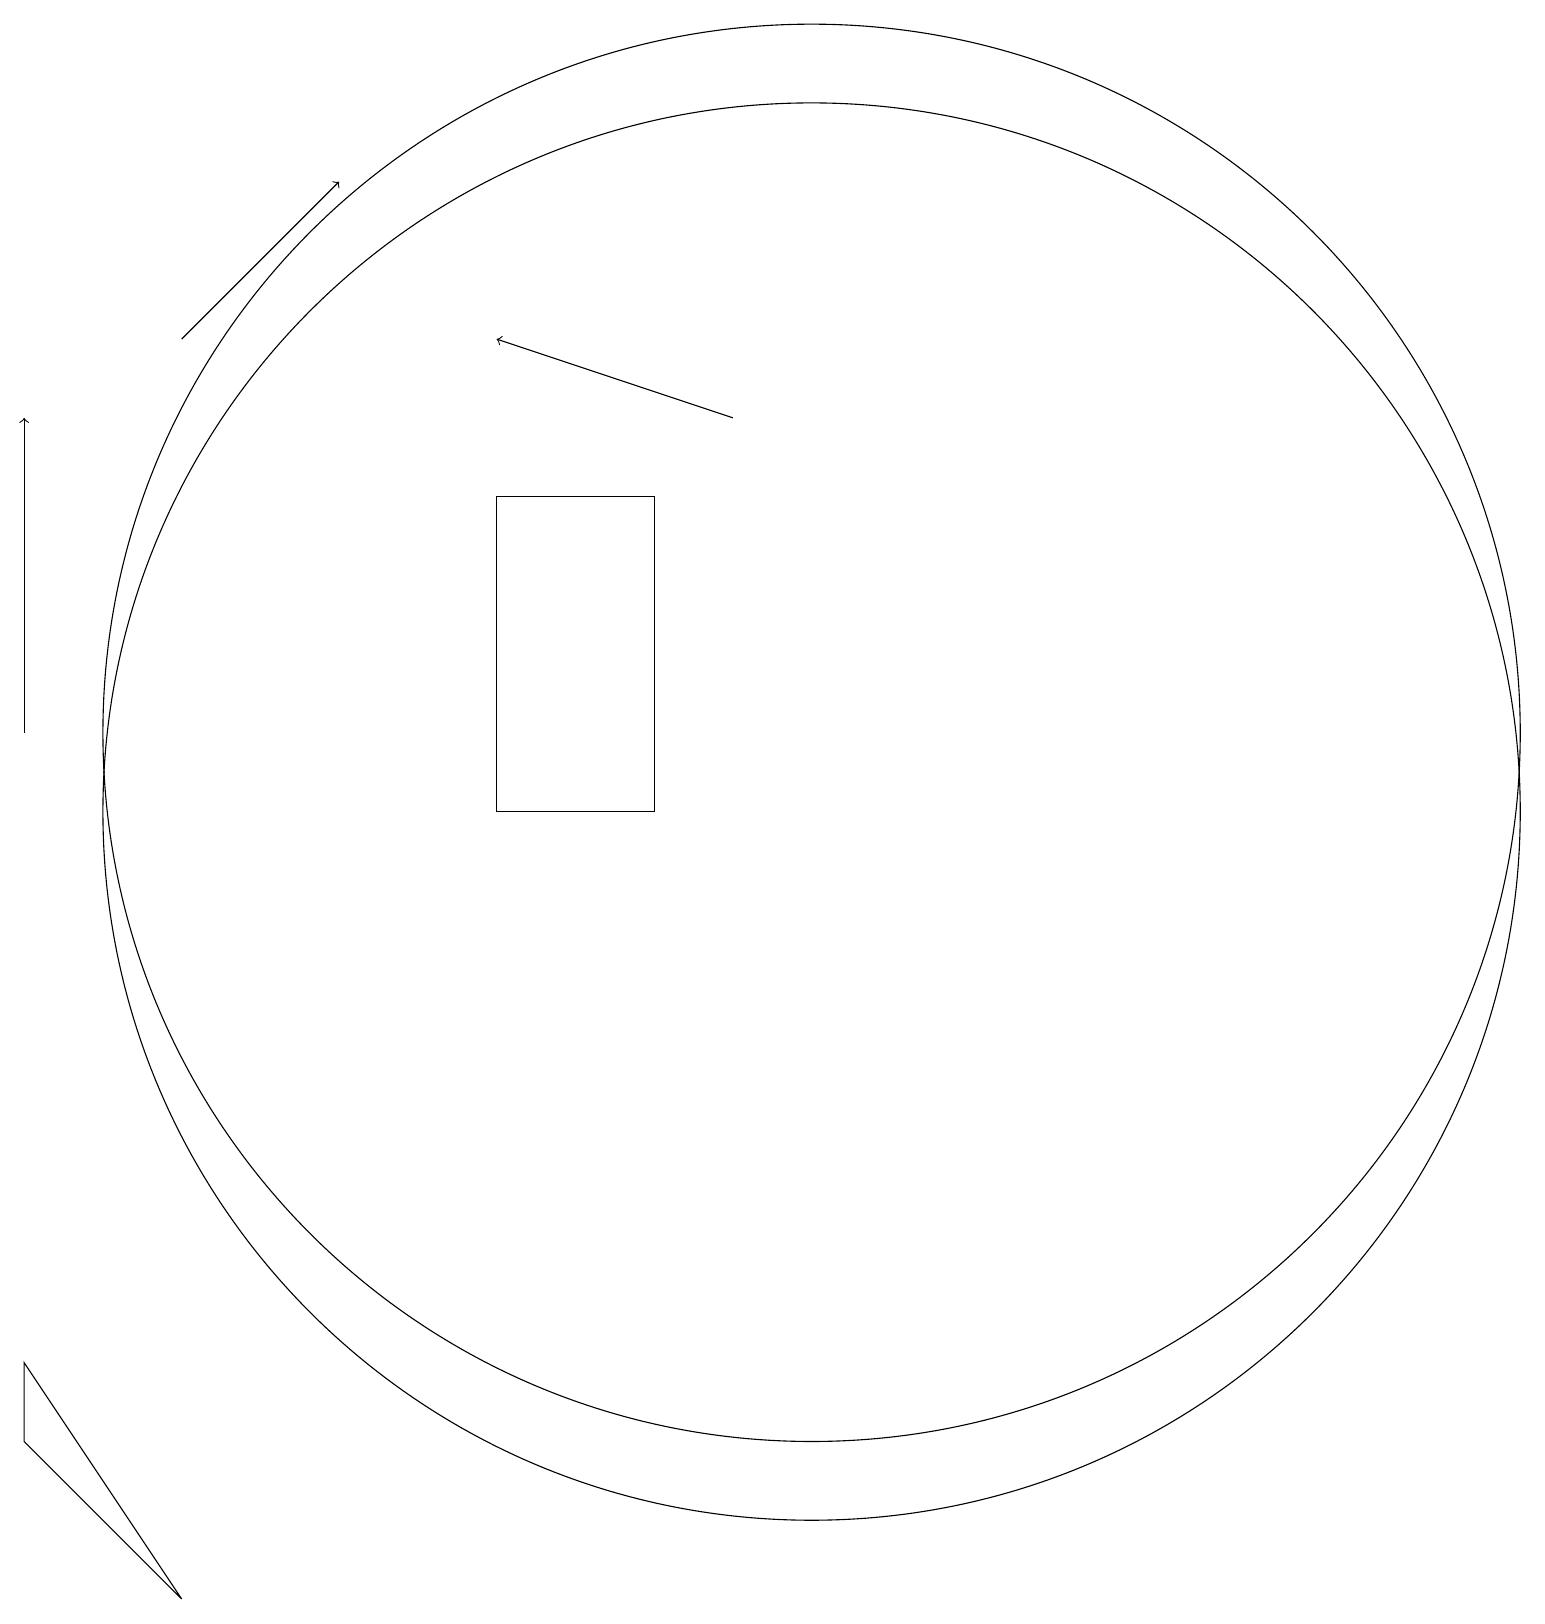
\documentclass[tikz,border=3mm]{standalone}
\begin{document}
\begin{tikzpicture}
\draw[->] (9,15) -- (6,16);
\draw (10,10) circle (9);
\draw (6,14) rectangle (8,10);
\draw (10,11) circle (9);
\draw[->] (2,16) -- (4,18);
\draw (0,3) -- (2,0) -- (0,2) -- cycle;
\draw[->] (0,11) -- (0,15);
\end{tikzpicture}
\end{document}